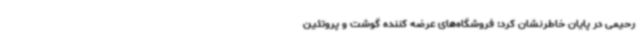
رحیمی در پایان خاطرنشان کرد: فروشگاه‌های عرضه کننده گوشت و پروتئین